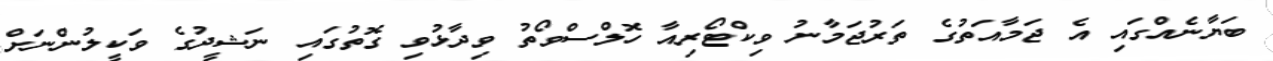
ބަޔާނެއްގައި އެ ޖަމާއަތުގެ ތަރުޖަމާނު ވިކްޓޯރިއާ ހޮލްސްވޯތު ވިދާޅުވި ގޮތުގައި ނަޝީދުގެ ވަކީލުންނަށް